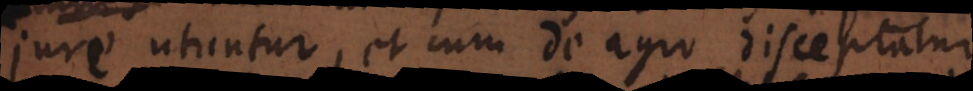
jure utuntur, et cum de agro disceptatur,